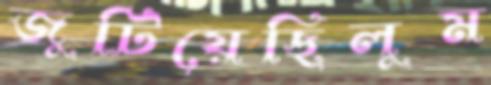
জুটিয়েছিলুম